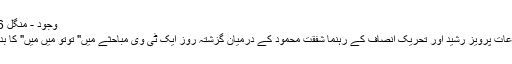
وجود - منگل 26 اپریل 2016
وفاقی وزیر اطلاعات پرویز رشید اور تحریک انصاف کے رہنما شفقت محمود کے درمیان گزشتہ روز ایک ٹی وی مباحثے میں" توتو میں میں" کا بدترین مظاہرہ ہوا۔